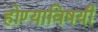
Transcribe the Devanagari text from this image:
होण्याविषयी